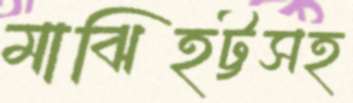
মাঝিহট্টসহ